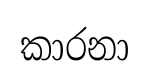
කාරනා